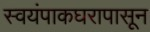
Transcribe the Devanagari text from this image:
स्वयंपाकघरापासून